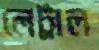
লেট্রাল